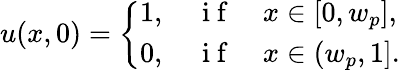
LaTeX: u(x,0)=\left\{ \begin{array}{ll}{1,\quad\mathrm{~i~f~}\quad x\in[0,w_{p}],}\\ {0,\quad\mathrm{~i~f~}\quad x\in(w_{p},1].}\end{array}\right.